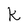
Character: k